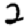
Digit: 2